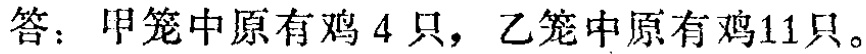
答：甲笼中原有鸡 \(4\) 只，乙笼中原有鸡 \(11\) 只。